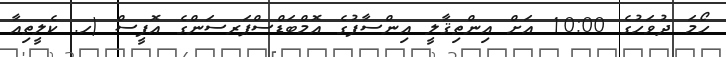
ހޯމަ ދުވަހުގެ 10:00 އަށް އިންތިޤާލީ އިންސާފުގެ އޮމްބަޑްސްޕަރސަންގެ އޮފީސް (ހ. ކެލީތިއާ